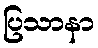
ပြသာနာ